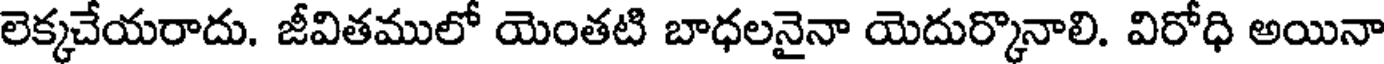
లెక్కచేయరాదు. జీవితములో యెంతటి బాధలనైనా యెదుర్కొనాలి. విరోధి అయినా